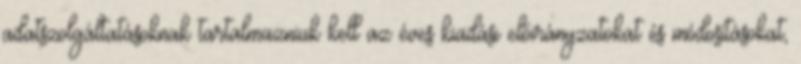
adatszolgáltatásoknak tartalmazniuk kell az éves kiadási előirányzatokat és módosításokat,